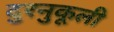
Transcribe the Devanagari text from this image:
दुरनुकूली